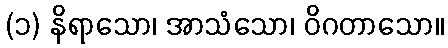
(၁) နိရာသော၊ အာသံသော၊ ဝိဂတာသော။